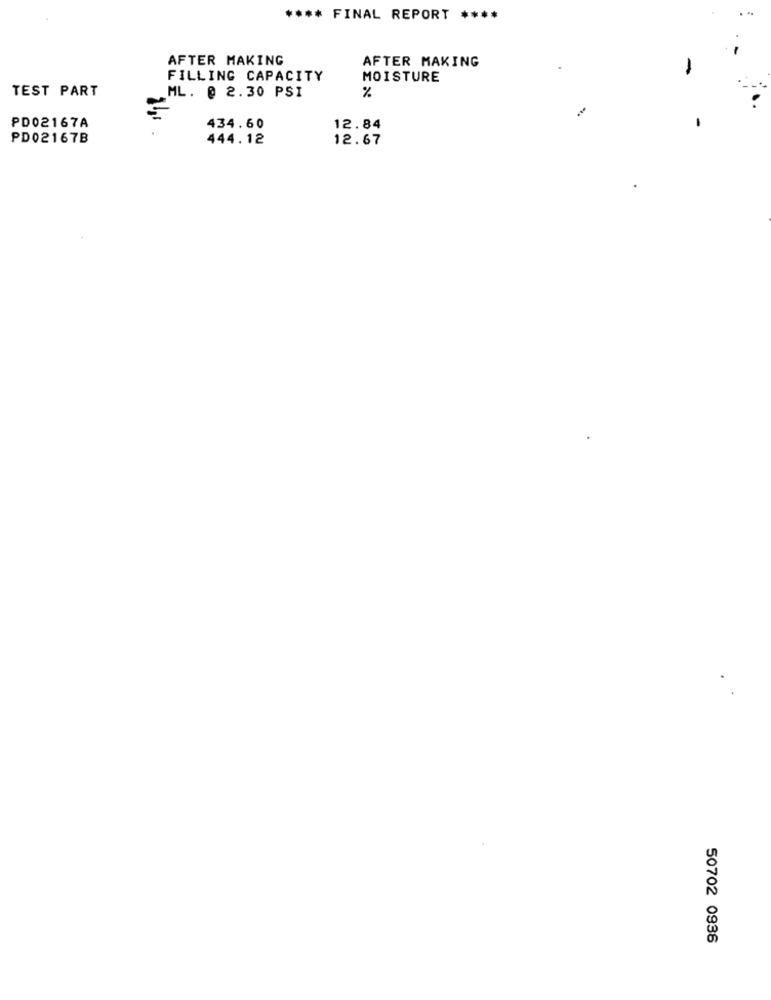
**** FINAL REPORT ****
AFTER MAKING
AFTER MAKING
FILLING CAPACITY
MOISTURE
TEST PART
%
ML. @ 2.30 PSI
PD02167A
434.60
12.84
PD02167B
444.12
12.67
50702 0936